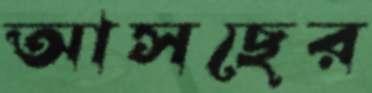
আসছের